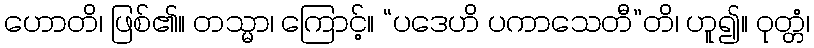
ဟောတိ၊ ဖြစ်၏။ တသ္မာ၊ ကြောင့်။ “ပဒေဟိ ပကာသေတီ”တိ၊ ဟူ၍။ ဝုတ္တံ၊